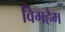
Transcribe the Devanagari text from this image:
विगहैम